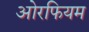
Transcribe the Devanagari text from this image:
ओरफियम